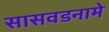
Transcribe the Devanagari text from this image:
सासवडनामे